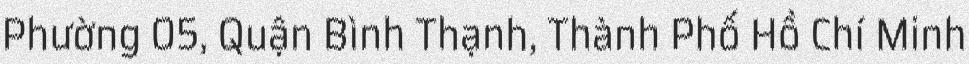
Phường 05, Quận Bình Thạnh, Thành Phố Hồ Chí Minh